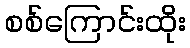
စစ်ကြောင်းထိုး